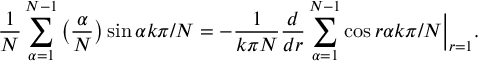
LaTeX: \frac { 1 } { N } \sum _ { \alpha = 1 } ^ { N - 1 } \big ( \frac { \alpha } { N } \big ) \sin \alpha k \pi / N = - \frac { 1 } { k \pi N } \frac { d } { d r } \sum _ { \alpha = 1 } ^ { N - 1 } \cos r \alpha k \pi / N \Big | _ { r = 1 } .